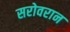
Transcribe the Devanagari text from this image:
सरोवरान